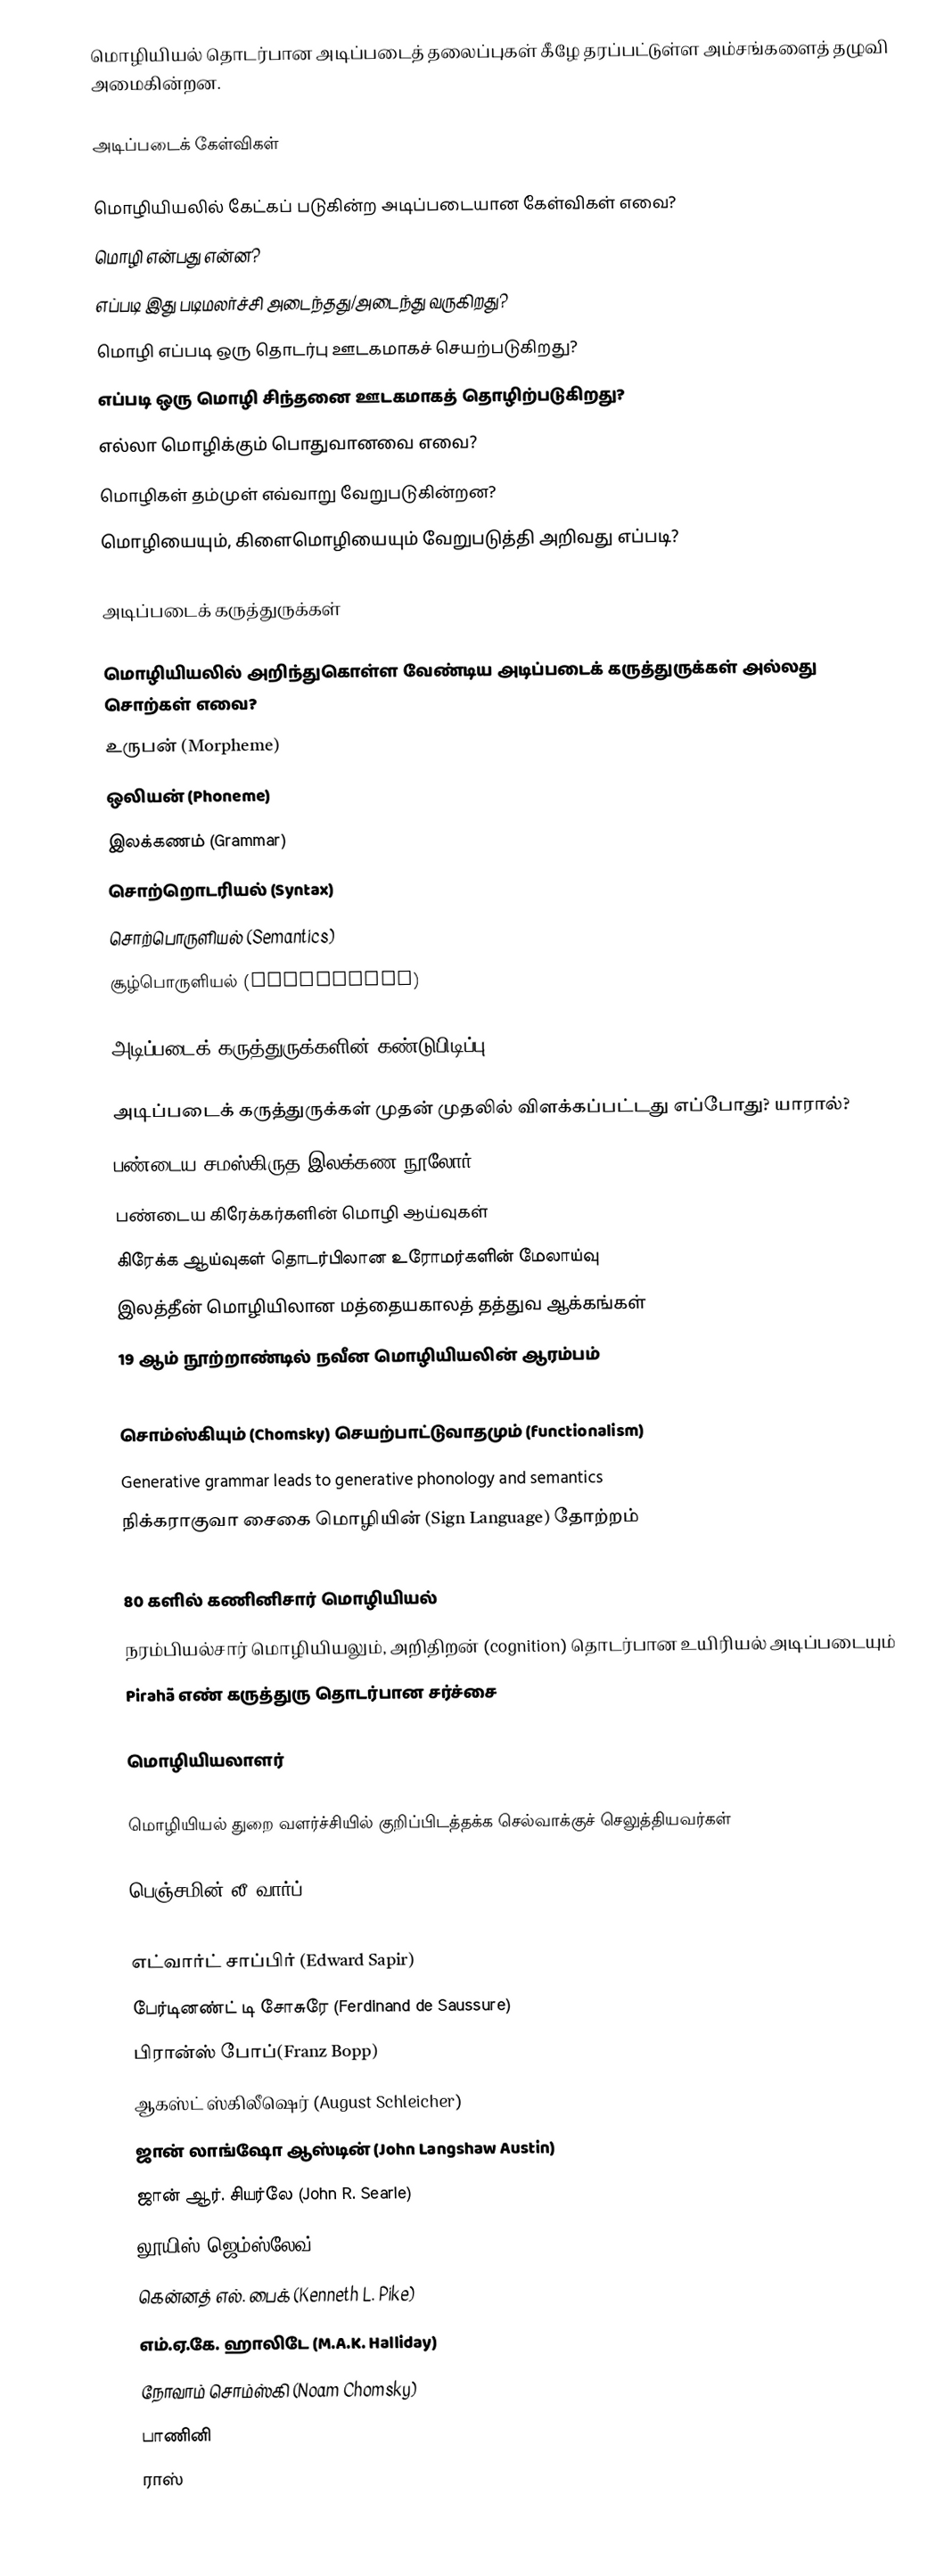
மொழியியல் தொடர்பான அடிப்படைத் தலைப்புகள் கீழே தரப்பட்டுள்ள அம்சங்களைத் தழுவி அமைகின்றன.

அடிப்படைக் கேள்விகள்

மொழியியலில் கேட்கப் படுகின்ற அடிப்படையான கேள்விகள் எவை?
 மொழி என்பது என்ன?
 எப்படி இது படிமலர்ச்சி அடைந்தது/அடைந்து வருகிறது?
 மொழி எப்படி ஒரு தொடர்பு ஊடகமாகச் செயற்படுகிறது?
 எப்படி ஒரு மொழி சிந்தனை ஊடகமாகத் தொழிற்படுகிறது?
 எல்லா மொழிக்கும் பொதுவானவை எவை?
 மொழிகள் தம்முள் எவ்வாறு வேறுபடுகின்றன?
 மொழியையும், கிளைமொழியையும் வேறுபடுத்தி அறிவது எப்படி?

அடிப்படைக் கருத்துருக்கள்

மொழியியலில் அறிந்துகொள்ள வேண்டிய அடிப்படைக் கருத்துருக்கள் அல்லது சொற்கள் எவை?
 உருபன் (Morpheme)
 ஒலியன் (Phoneme)
 இலக்கணம் (Grammar)
 சொற்றொடரியல் (Syntax)
 சொற்பொருளியல் (Semantics)
 சூழ்பொருளியல் (Pragmatics)

அடிப்படைக் கருத்துருக்களின் கண்டுபிடிப்பு - Timeline

அடிப்படைக் கருத்துருக்கள் முதன் முதலில் விளக்கப்பட்டது எப்போது? யாரால்?
 பண்டைய சமஸ்கிருத இலக்கண நூலோர்
 பண்டைய கிரேக்கர்களின் மொழி ஆய்வுகள்
 கிரேக்க ஆய்வுகள் தொடர்பிலான உரோமர்களின் மேலாய்வு
 இலத்தீன் மொழியிலான மத்தையகாலத் தத்துவ ஆக்கங்கள்
 19 ஆம் நூற்றாண்டில் நவீன மொழியியலின் ஆரம்பம்
 Behaviorism and mental tabula rasa hypothesis
 சொம்ஸ்கியும் (Chomsky) செயற்பாட்டுவாதமும் (functionalism)
 Generative grammar leads to generative phonology and semantics
 நிக்கராகுவா சைகை மொழியின் (Sign Language) தோற்றம்
 Alternate syntactic systems develop in 80s
 80 களில் கணினிசார் மொழியியல்
 நரம்பியல்சார் மொழியியலும், அறிதிறன் (cognition) தொடர்பான உயிரியல் அடிப்படையும்
 Pirahã எண் கருத்துரு தொடர்பான சர்ச்சை

மொழியியலாளர்

மொழியியல் துறை வளர்ச்சியில் குறிப்பிடத்தக்க செல்வாக்குச் செலுத்தியவர்கள்

 பெஞ்சமின் லீ வார்ப் (Benjamin Lee Whorf)
 Claude Levi-Strauss
 எட்வார்ட் சாப்பிர் (Edward Sapir)
 பேர்டினண்ட் டி சோசுரே (Ferdinand de Saussure)
 பிரான்ஸ் போப்(Franz Bopp)
 ஆகஸ்ட் ஸ்கிலீஷெர் (August Schleicher)
 ஜான் லாங்ஷோ ஆஸ்டின் (John Langshaw Austin)
 ஜான் ஆர். சியர்லே (John R. Searle)
 லூயிஸ் ஜெம்ஸ்லேவ் (Louis Hjelmslev)
 கென்னத் எல். பைக் (Kenneth L. Pike)
 எம்.ஏ.கே. ஹாலிடே (M.A.K. Halliday)
 நோவாம் சொம்ஸ்கி (Noam Chomsky)
 பாணினி
 ராஸ்